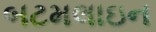
બટમલાઇન